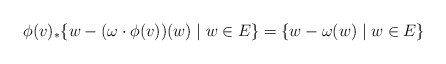
\begin{align*}\phi(v)_*\{w-(\omega\cdot \phi(v))(w)\mid w\in E\}=\{w-\omega(w)\mid w\in E\}\end{align*}